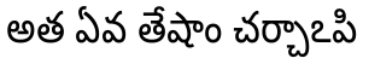
అత ఏవ తేషాం చర్చాఽపి